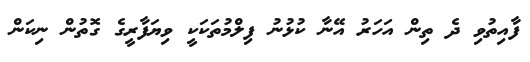
ފާއިތުވި ދެ ތިން އަހަރު އޭނާ ކުޅުނު ފިލްމުތަކަކީ ވިޔަފާރީގެ ގޮތުން ނިކަން